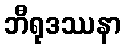
ဘီရုဒဿနာ